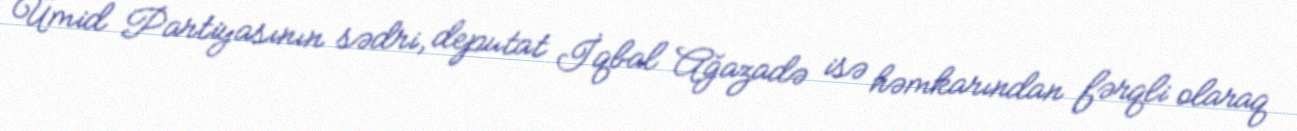
Ümid Partiyasının sədri, deputat İqbal Ağazadə isə həmkarından fərqli olaraq